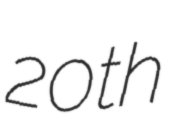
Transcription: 20th